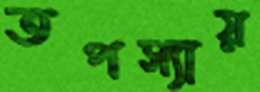
তপস্যায়